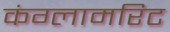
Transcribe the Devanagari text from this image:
कंग्लामरिट